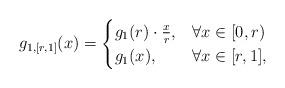
LaTeX: \begin{align*}g_{1,[r,1]}(x) & = \begin{cases}g_{1}(r)\cdot\frac{x}{r},& \forall x \in [0,r) \\g_{1}(x),& \forall x \in [r,1],\end{cases} \end{align*}